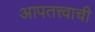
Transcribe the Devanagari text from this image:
आपतत्त्वाची